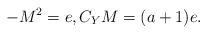
LaTeX: \begin{align*}-M^2=e, C_YM=(a+1)e.\end{align*}